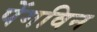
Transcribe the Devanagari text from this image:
पेंगविन